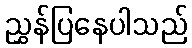
ညွှန်ပြနေပါသည်